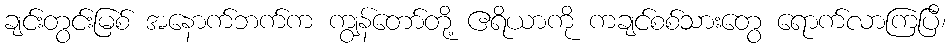
ချင်းတွင်းမြစ် အနောက်ဘက်က ကျွန်တော်တို့ ဧရိယာကို ကချင်စစ်သားတွေ ရောက်လာကြပြီ၊